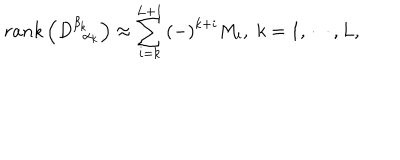
LaTeX: r a n k \left( D _ { \; \; \alpha _ { k } } ^ { \beta _ { k } } \right) \approx \sum _ { i = k } ^ { L + 1 } \left( - \right) ^ { k + i } M _ { i } , \; k = 1 , \cdots , L ,